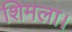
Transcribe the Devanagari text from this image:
शिमला।